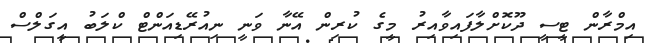
އިމްރާން ޓީސީ ދޫކޮށްލާފައިވާއިރު މީގެ ކުރިން އޭނާ ވަނީ ނިއުރޭޑިއަންޓް ކްލަބު އީގަލްސް